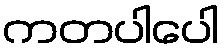
ကတပါပေါ